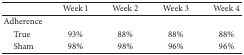
<table><thead><tr><td><b> </b></td><td><b>Week 1</b></td><td><b>Week 2</b></td><td><b>Week 3</b></td><td><b>Week 4</b></td></tr></thead><tbody><tr><td>Adherence</td><td> </td><td> </td><td> </td><td> </td></tr><tr><td> True</td><td>93%</td><td>88%</td><td>88%</td><td>88%</td></tr><tr><td> Sham</td><td>98%</td><td>98%</td><td>96%</td><td>96%</td></tr></tbody></table>